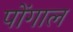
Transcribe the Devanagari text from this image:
पोंगाल